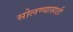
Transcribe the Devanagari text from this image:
सोलण्यासाठी